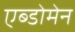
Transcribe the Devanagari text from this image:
एब्डोमेन